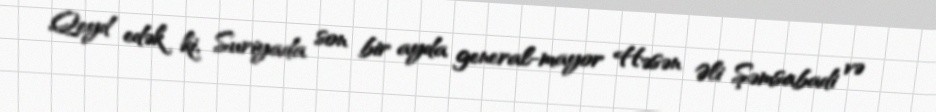
Qeyd edək ki, Suriyada son bir ayda general-mayor Həsən Əli Şəmsabadi və